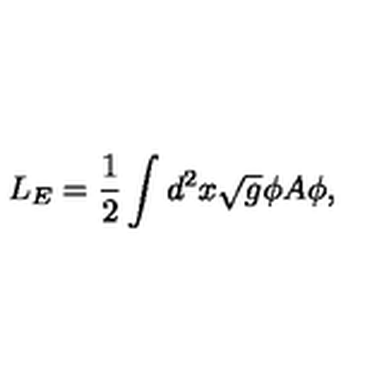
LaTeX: L _ { E } = \frac { 1 } { 2 } \int d ^ { 2 } x \sqrt { g } \phi A \phi ,